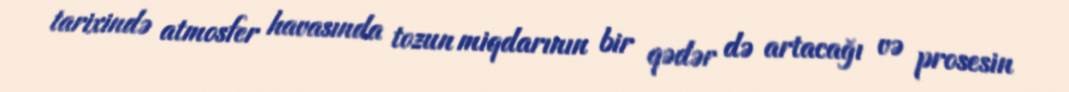
tarixində atmosfer havasında tozun miqdarının bir qədər də artacağı və prosesin